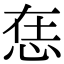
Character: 𢙮